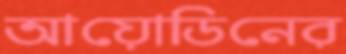
আয়োডিনের